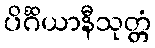
ပိင်္ဂိယာနီသုတ္တံ